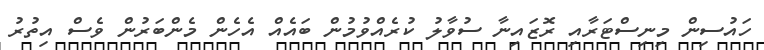
ހައުސިން މިނިސްޓަރާއި ރޮޒައިނާ ސުވާލު ކުރެއްވުމުން ބައެއް އެހެން މެންބަރުން ވެސް އިތުރު